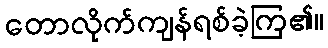
တောလိုက်ကျန်ရစ်ခဲ့ကြ၏။